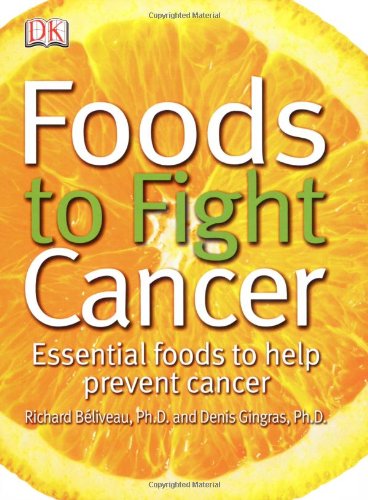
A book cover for Foods to Fight Cancer: Essential foods to help prevent cancer; Richard Beliveau; Cookbooks, Food & Wine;